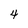
Character: 4